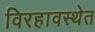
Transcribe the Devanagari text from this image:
विरहावस्थेत